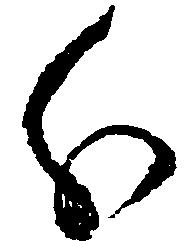
分